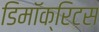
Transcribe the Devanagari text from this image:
डिमॉक्रिटस